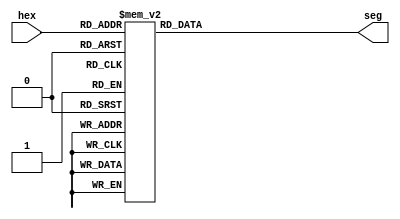
`timescale 1ns / 1ps
//////////////////////////////////////////////////////////////////////////////////
// Company: 
// Engineer: 
// 
// Design Name: 
// Module Name: hexToSeg
// Project Name: 
// Target Devices: 
// Tool Versions: 
// Description: 
// 
// Dependencies: 
// 
// Revision:
// Revision 0.01 - File Created
// Additional Comments:
// 
//////////////////////////////////////////////////////////////////////////////////


module hexToSeg(
    output reg [6:0] seg,
    input [3:0] hex
    );

// 7-segment encoding
//      0
//     ---
//  5 |   | 1
//     --- <--6
//  4 |   | 2
//     ---
//      3

   always @(hex)
      case (hex)
          4'b0001 : seg = 7'b1111001;   // 1
          4'b0010 : seg = 7'b0100100;   // 2
          4'b0011 : seg = 7'b0110000;   // 3
          4'b0100 : seg = 7'b0011001;   // 4
          4'b0101 : seg = 7'b0010010;   // 5
          4'b0110 : seg = 7'b0000010;   // 6
          4'b0111 : seg = 7'b1111000;   // 7
          4'b1000 : seg = 7'b0000000;   // 8
          4'b1001 : seg = 7'b0010000;   // 9
          4'b1010 : seg = 7'b0001000;   // A
          4'b1011 : seg = 7'b0000011;   // b
          4'b1100 : seg = 7'b1000110;   // C
          4'b1101 : seg = 7'b0100001;   // d
          4'b1110 : seg = 7'b0000110;   // E
          4'b1111 : seg = 7'b0001110;   // F
          default : seg = 7'b1000000;   // 0
      endcase
				
endmodule